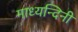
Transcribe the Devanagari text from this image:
माध्यन्दिनी